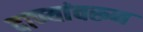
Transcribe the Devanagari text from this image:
दाण्यांवरून